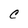
Character: C